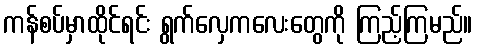
ကန်စပ်မှာထိုင်ရင်း ရွက်လှေကလေးတွေကို ကြည့်ကြမည်။